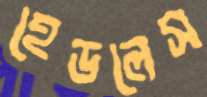
হেডলেস